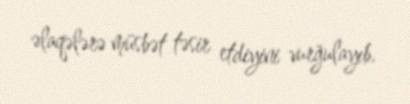
əlaqələrə müsbət təsir etdiyini vurğulayıb.